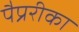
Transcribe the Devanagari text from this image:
पैप्ररीका